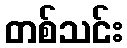
တစ်သင်း